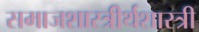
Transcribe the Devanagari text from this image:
समाजशास्त्रीर्थशास्त्री